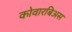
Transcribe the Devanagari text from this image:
कोवारबिअस